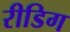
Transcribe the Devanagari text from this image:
रीडिग